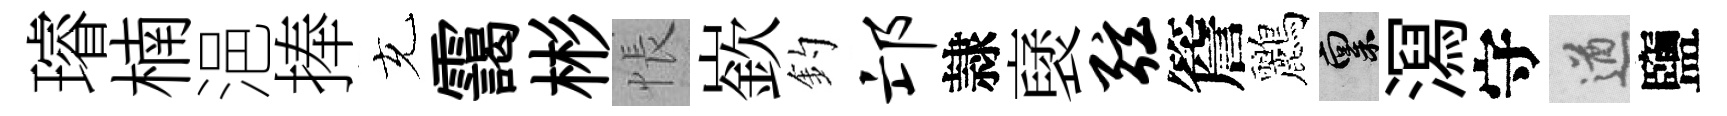
璿楠浥捧充靄彬悵嶔釣邙隷裦弦簷鸝禀㵼守遒鹽